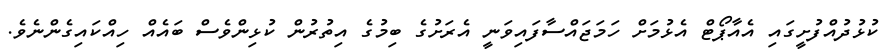
ކުޅުދުއްފުށީގައި އެއާޕޯޓް އެޅުމަށް ހަމަޖައްސާފައިވަނީ އެރަށުގެ ބިމުގެ އިތުރުން ކުޅިންވެސް ބައެއް ހިއްކައިގެންނެވެ.